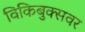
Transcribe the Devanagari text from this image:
विकिबुक्सवर